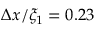
\Delta x / \xi _ { 1 } = 0 . 2 3